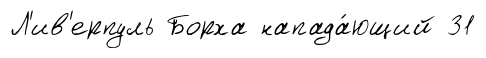
Л'ив'ерпуль Борха напада́ющий 31